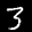
Label: 3